Subject: cs
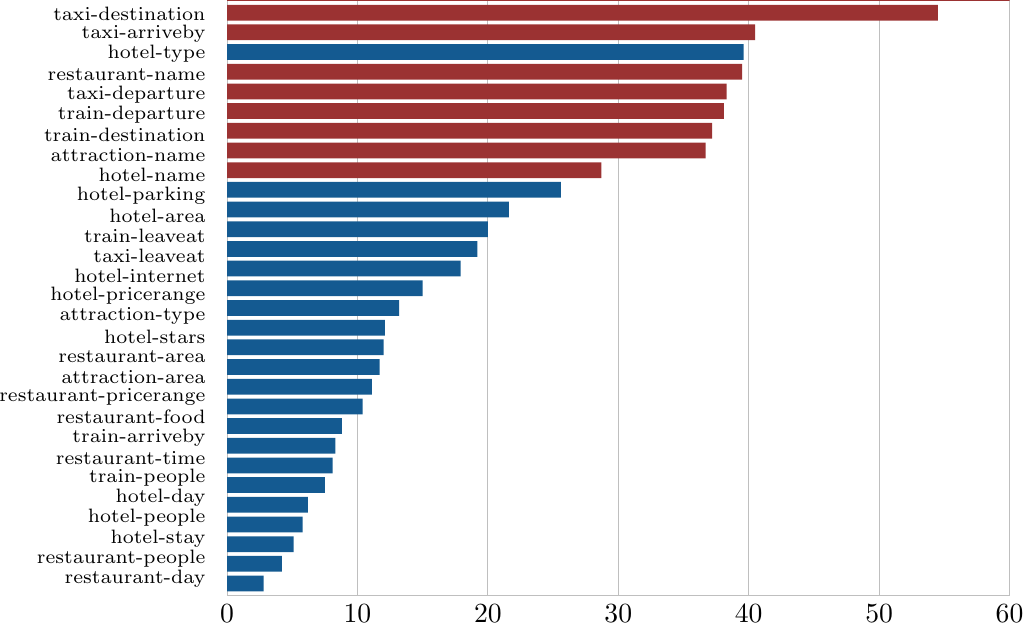
LaTeX code:
\begin{tikzpicture}
    \begin{axis}[%
    width=0.95\columnwidth,
    xbar, y=-0.25cm, bar width=0.2cm, enlarge y limits={abs=0.15cm}, xmin=0, xmax=60,
    symbolic y coords={
        test, hospitaldepartment, taxidestination, taxiarriveby, hoteltype, restaurantname, taxideparture, traindeparture,
        traindestination, attractionname, hotelname, hotelparking, hotelarea, trainleaveat, taxileaveat, hotelinternet,
        hotelpricerange, attractiontype, hotelstars, restaurantarea, attractionarea, restaurantpricerange,
        restaurantfood, trainarriveby, restauranttime, trainpeople, hotelday, hotelpeople, hotelstay,
        restaurantpeople, restaurantday, trainday
    },
    y tick label style={align=right,font=\scriptsize},
    ytick distance=1.025,
    yticklabels={
        test, hospital-department, taxi-destination, taxi-arriveby, hotel-type, restaurant-name, taxi-departure, train-departure,
        train-destination, attraction-name, hotel-name, hotel-parking, hotel-area, train-leaveat, taxi-leaveat,
        hotel-internet, hotel-pricerange, attraction-type, hotel-stars, restaurant-area, attraction-area,
        restaurant-pricerange, restaurant-food, train-arriveby, restaurant-time, train-people,
        hotel-day, hotel-people, hotel-stay, restaurant-people, restaurant-day, train-day
    },
    xmajorgrids,
    axis line style={lightgray},
    major tick style={draw=none},
    nodes near coords,
    point meta=explicit symbolic,
    /pgf/bar shift={0pt},   % <-- doesn't place bars next to each other
    ]
    \addplot [fill={rgb:red,170;green,55;blue,55},draw=none] coordinates {
        (142.9,hospitaldepartment) (54.5,taxidestination) (40.5,taxiarriveby) (39.5,restaurantname) (38.3,taxideparture) (38.1,traindeparture) (37.2,traindestination) (36.7,attractionname) (28.7,hotelname)
    };
    \addplot [fill={rgb:red,23;green,105;blue,170},draw=none] coordinates {
        (39.6,hoteltype) (25.6,hotelparking) (21.6,hotelarea) (20.0,trainleaveat) (19.2,taxileaveat) (17.9,hotelinternet) (15.0,hotelpricerange)
        (13.2,attractiontype) (12.1,hotelstars) (12.0,restaurantarea) (11.7,attractionarea) (11.1,restaurantpricerange) (10.4,restaurantfood) (8.8,trainarriveby) (8.3,restauranttime) (8.1,trainpeople) (7.5,hotelday)
        (6.2,hotelpeople) (5.8,hotelstay) (5.1,restaurantpeople) (4.2,restaurantday) (2.8,trainday)
    };
    \end{axis}
\end{tikzpicture}